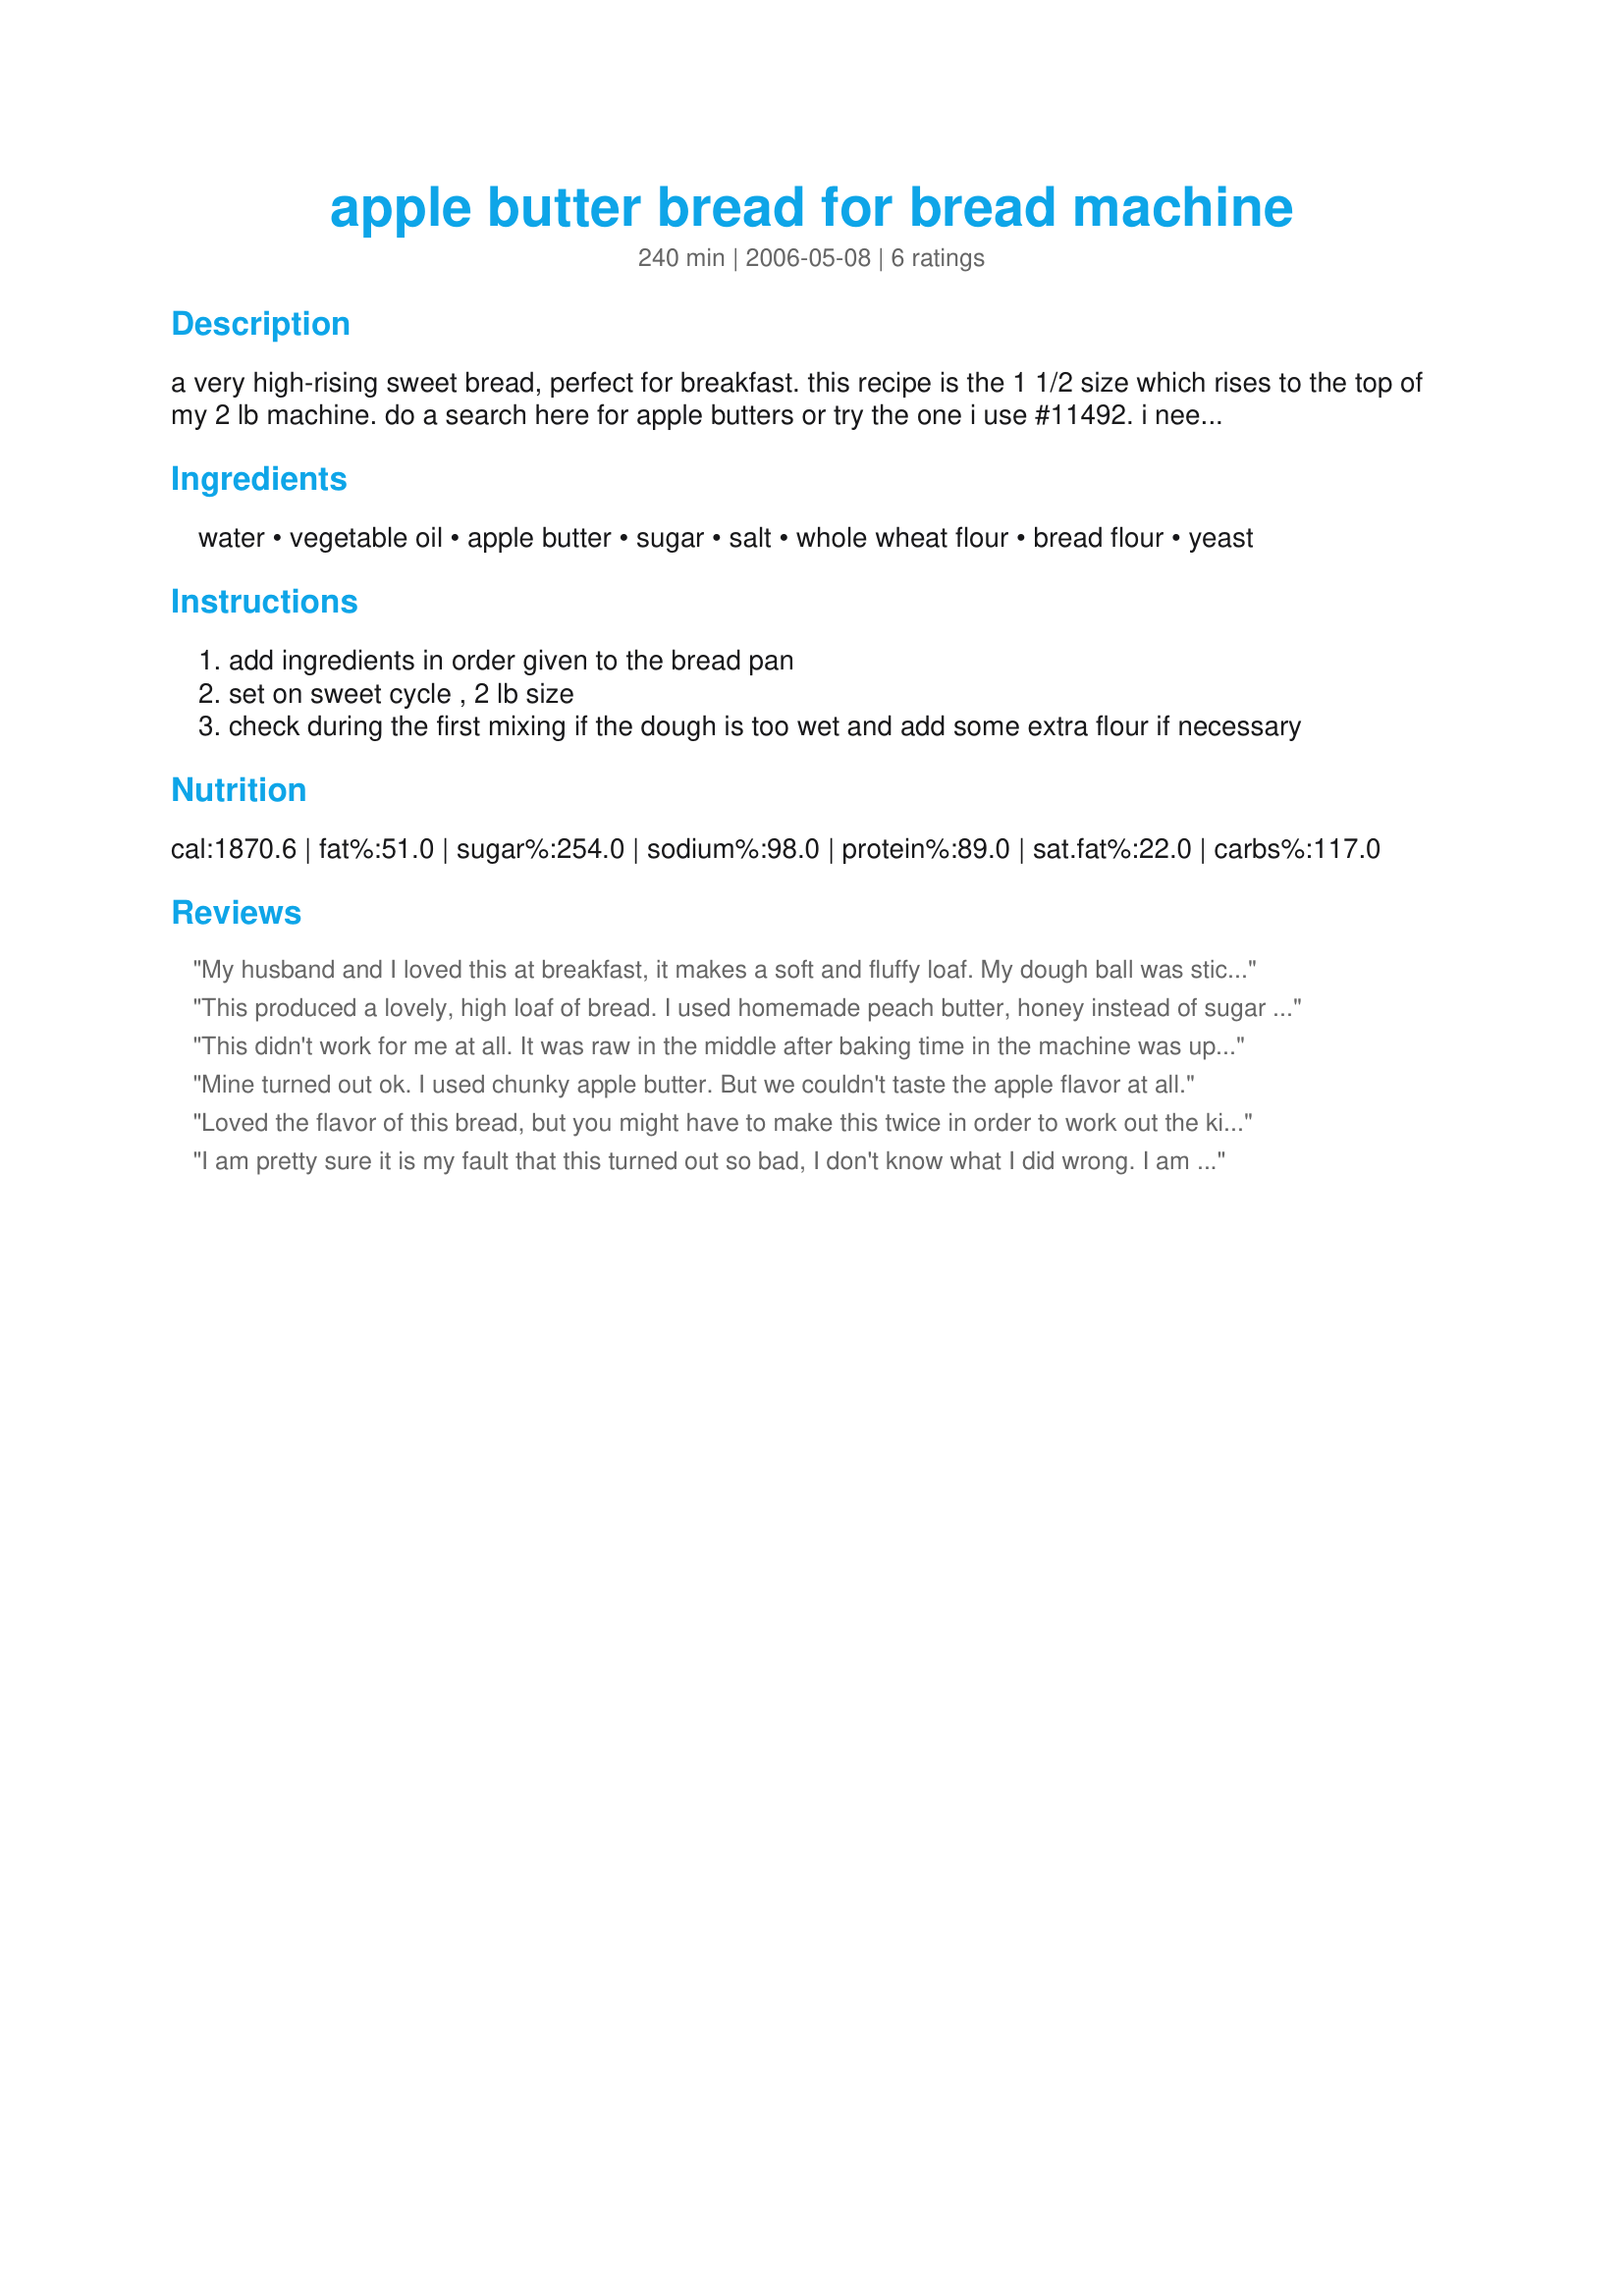
apple butter bread for bread machine
Preparation time: 240 minutes

a very high-rising sweet bread, perfect for breakfast. this recipe is the 1 1/2 size which rises to the top of my 2 lb machine. do a search here for apple butters or try the one i use #11492. i needed to add about 1/4 cup flour during the first kneading...the dough was sticky.

Ingredients:
water, vegetable oil, apple butter, sugar, salt, whole wheat flour, bread flour, yeast

Steps:
add ingredients in order given to the bread pan
set on sweet cycle , 2 lb size
check during the first mixing if the dough is too wet and add some extra flour if necessary

Reviews:
My husband and I loved this at breakfast, it makes a soft and fluffy loaf. My dough ball was sticky after the first kneading so I added one tablespoon of bread flour. I used Great Value brand apple butter.
This produced a lovely, high loaf of bread. I used homemade peach butter, honey instead of sugar and 1 cup of whole wheat flour, 1 tbsp of wheat gluten and 2 cups of white bread flour. My machine only makes up to a 1 1/2 pound loaf and it was just right. Thanks for a great breakfast bread. Carole in Orlando
This didn't work for me at all. It was raw in the middle after baking time in the machine was up. It may have been the apple butter since liquid levels do vary in that product. If you choose to try this recipe, I'd recommend mixing and baking by hand for more control over the consistency.
Mine turned out ok. I used chunky apple butter. But we couldn't taste the apple flavor at all.
Loved the flavor of this bread, but you might have to make this twice in order to work out the kinks from the different apple butters. I ended up using the following: 3/4 cup water, 2 TBS. oil, 3/4 cup apple butter, 1 TBS. sugar, 1 tsp. salt, 2 cups wheat flour, 2 cups bread flour, and 1 1/2 tsp. yeast. I also baked an extra 15 min. longer than my basic cycle called for. Thanks for sharing!
I am pretty sure it is my fault that this turned out so bad, I don't know what I did wrong. I am new to break making but I think it fell. It was heavy and when I sliced it there were thick darker spots.
I am giving it 3 stars because it did taste good. If anyone has any thoughts on why this sankolease let me know
